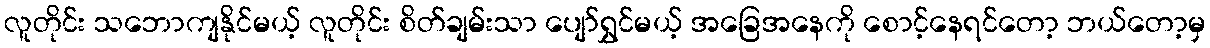
လူတိုင်း သဘောကျနိုင်မယ့် လူတိုင်း စိတ်ချမ်းသာ ပျော်ရွှင်မယ့် အခြေအနေကို စောင့်နေရင်တော့ ဘယ်တော့မှ